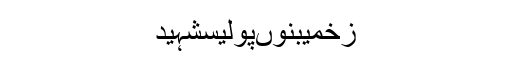
زخمیبنوںپولیسشہید